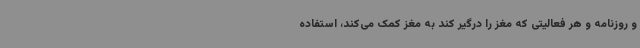
و روزنامه و هر فعالیتی که مغز را درگیر کند به مغز کمک می‌کند، استفاده